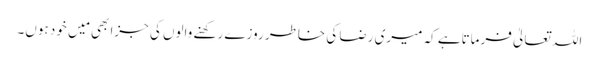
اللہ تعالیٰ فرماتاہے کہ میری رضا کی خاطر روزے رکھنے والوں کی جزا بھی مَیں خود ہوں۔